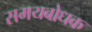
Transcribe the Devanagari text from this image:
समयबोधक